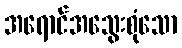
အရောင်အသွေးစုံသော